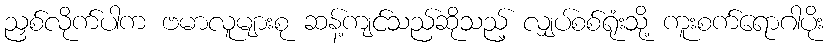
ညှစ်လိုက်ပါက ဗမာလူများစု ဆန့်ကျင်သည်ဆိုသည့် လျှပ်စစ်ရုံးသို့ ကူးစက်ရောဂါပိုး